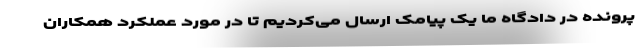
پرونده در دادگاه ما یک پیامک ارسال می‌کردیم تا در مورد عملکرد همکاران